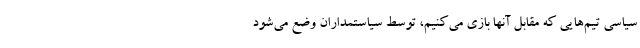
سیاسی تیم‌هایی که مقابل آنها بازی می‌کنیم، توسط سیاستمداران وضع می‌شود